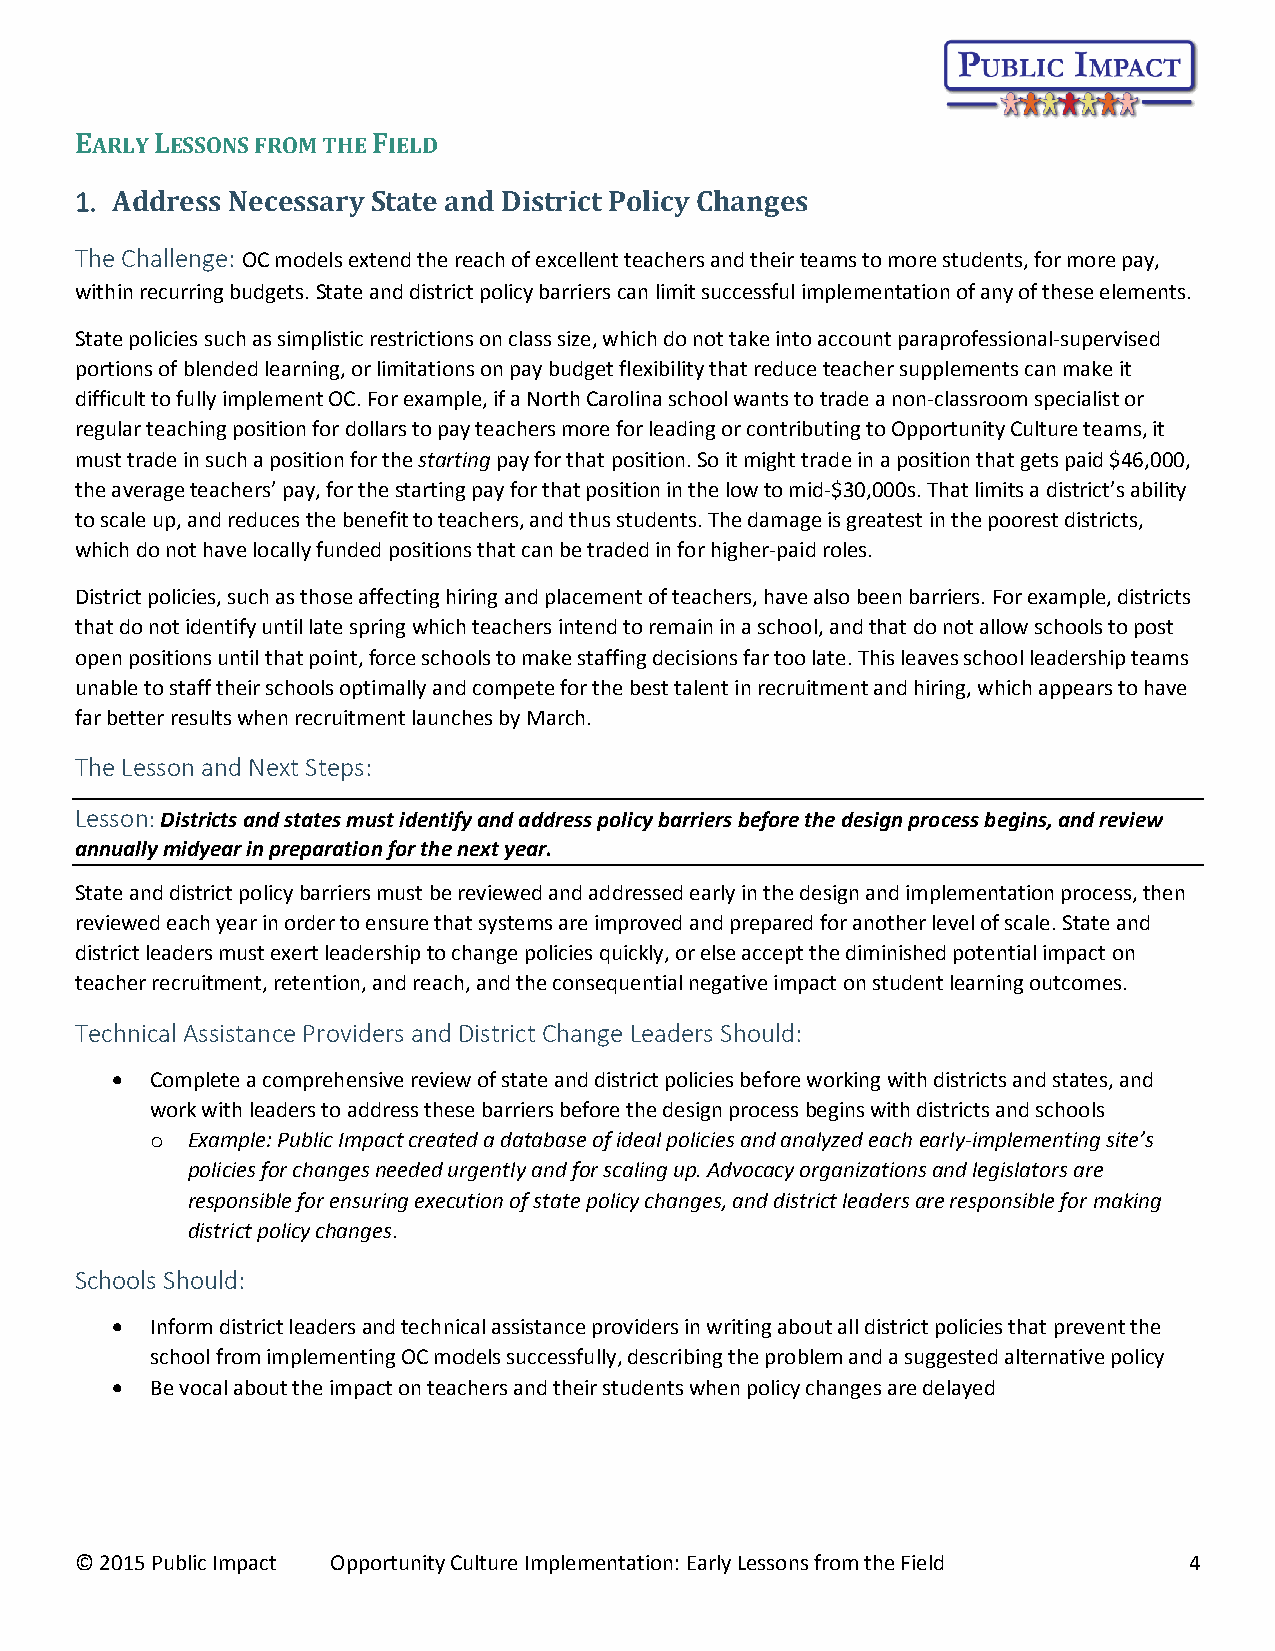
EARLY LESSONS FROM THE FIELD
 1. Address Necessary State and District Policy Changes
 The Challenge: OC models extend the reach of excellent teachers and their teams to more students, for more pay,
 within recurring budgets. State and district policy barriers can limit successful implementation of any of these elements.
 State policies such as simplistic restrictions on class size, which do not take into account paraprofessional-supervised
 portions of blended learning, or limitations on pay budget flexibility that reduce teacher supplements can make it
 difficult to fully implement OC. For example, if a North Carolina school wants to trade a non-classroom specialist or
 regular teaching position for dollars to pay teachers more for leading or contributing to Opportunity Culture teams, it
 must trade in such a position for the starting pay for that position. So it might trade in a position that gets paid $46,000,
 the average teachers’ pay, for the starting pay for that position in the low to mid-$30,000s. That limits a district’s ability
 to scale up, and reduces the benefit to teachers, and thus students. The damage is greatest in the poorest districts,
 which do not have locally funded positions that can be traded in for higher-paid roles.
 District policies, such as those affecting hiring and placement of teachers, have also been barriers. For example, districts
 that do not identify until late spring which teachers intend to remain in a school, and that do not allow schools to post
 open positions until that point, force schools to make staffing decisions far too late. This leaves school leadership teams
 unable to staff their schools optimally and compete for the best talent in recruitment and hiring, which appears to have
 far better results when recruitment launches by March.
 The Lesson and Next Steps:
 Lesson: Districts and states must identify and address policy barriers before the design process begins, and review
 annually midyear in preparation for the next year.
 State and district policy barriers must be reviewed and addressed early in the design and implementation process, then
 reviewed each year in order to ensure that systems are improved and prepared for another level of scale. State and
 district leaders must exert leadership to change policies quickly, or else accept the diminished potential impact on
 teacher recruitment, retention, and reach, and the consequential negative impact on student learning outcomes.
 Technical Assistance Providers and District Change Leaders Should:
   Complete a comprehensive review of state and district policies before working with districts and states, and
 work with leaders to address these barriers before the design process begins with districts and schools
 o Example: Public Impact created a database of ideal policies and analyzed each early-implementing site’s
 policies for changes needed urgently and for scaling up. Advocacy organizations and legislators are
 responsible for ensuring execution of state policy changes, and district leaders are responsible for making
 district policy changes.
 Schools Should:
   Inform district leaders and technical assistance providers in writing about all district policies that prevent the
 school from implementing OC models successfully, describing the problem and a suggested alternative policy
   Be vocal about the impact on teachers and their students when policy changes are delayed
 © 2015 Public Impact Opportunity Culture Implementation: Early Lessons from the Field 4